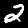
Label: 2